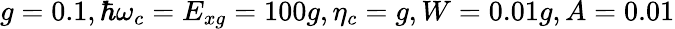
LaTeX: g=0.1,\hbar\omega_{c}=E_{xg}=100g,\eta_{c}=g,W=0.01g,A=0.01